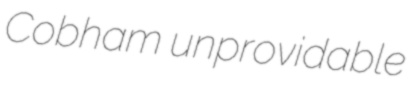
Cobham unprovidable